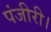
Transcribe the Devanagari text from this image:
पंजीरी।